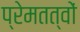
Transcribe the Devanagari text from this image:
प्रेमतत्वों